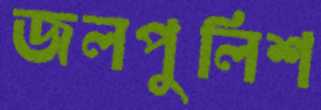
জলপুলিশ